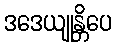
ဒဒေယျုန္တိပေ